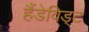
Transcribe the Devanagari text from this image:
हैंडेविड्ट